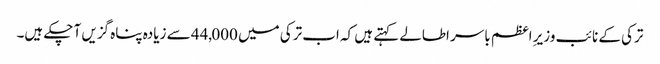
ترکی کے نائب وزیرِ اعظم باسر اطالے کہتے ہیں کہ اب ترکی میں 44,000 سے زیادہ پناہ گزیں آ چکے ہیں۔